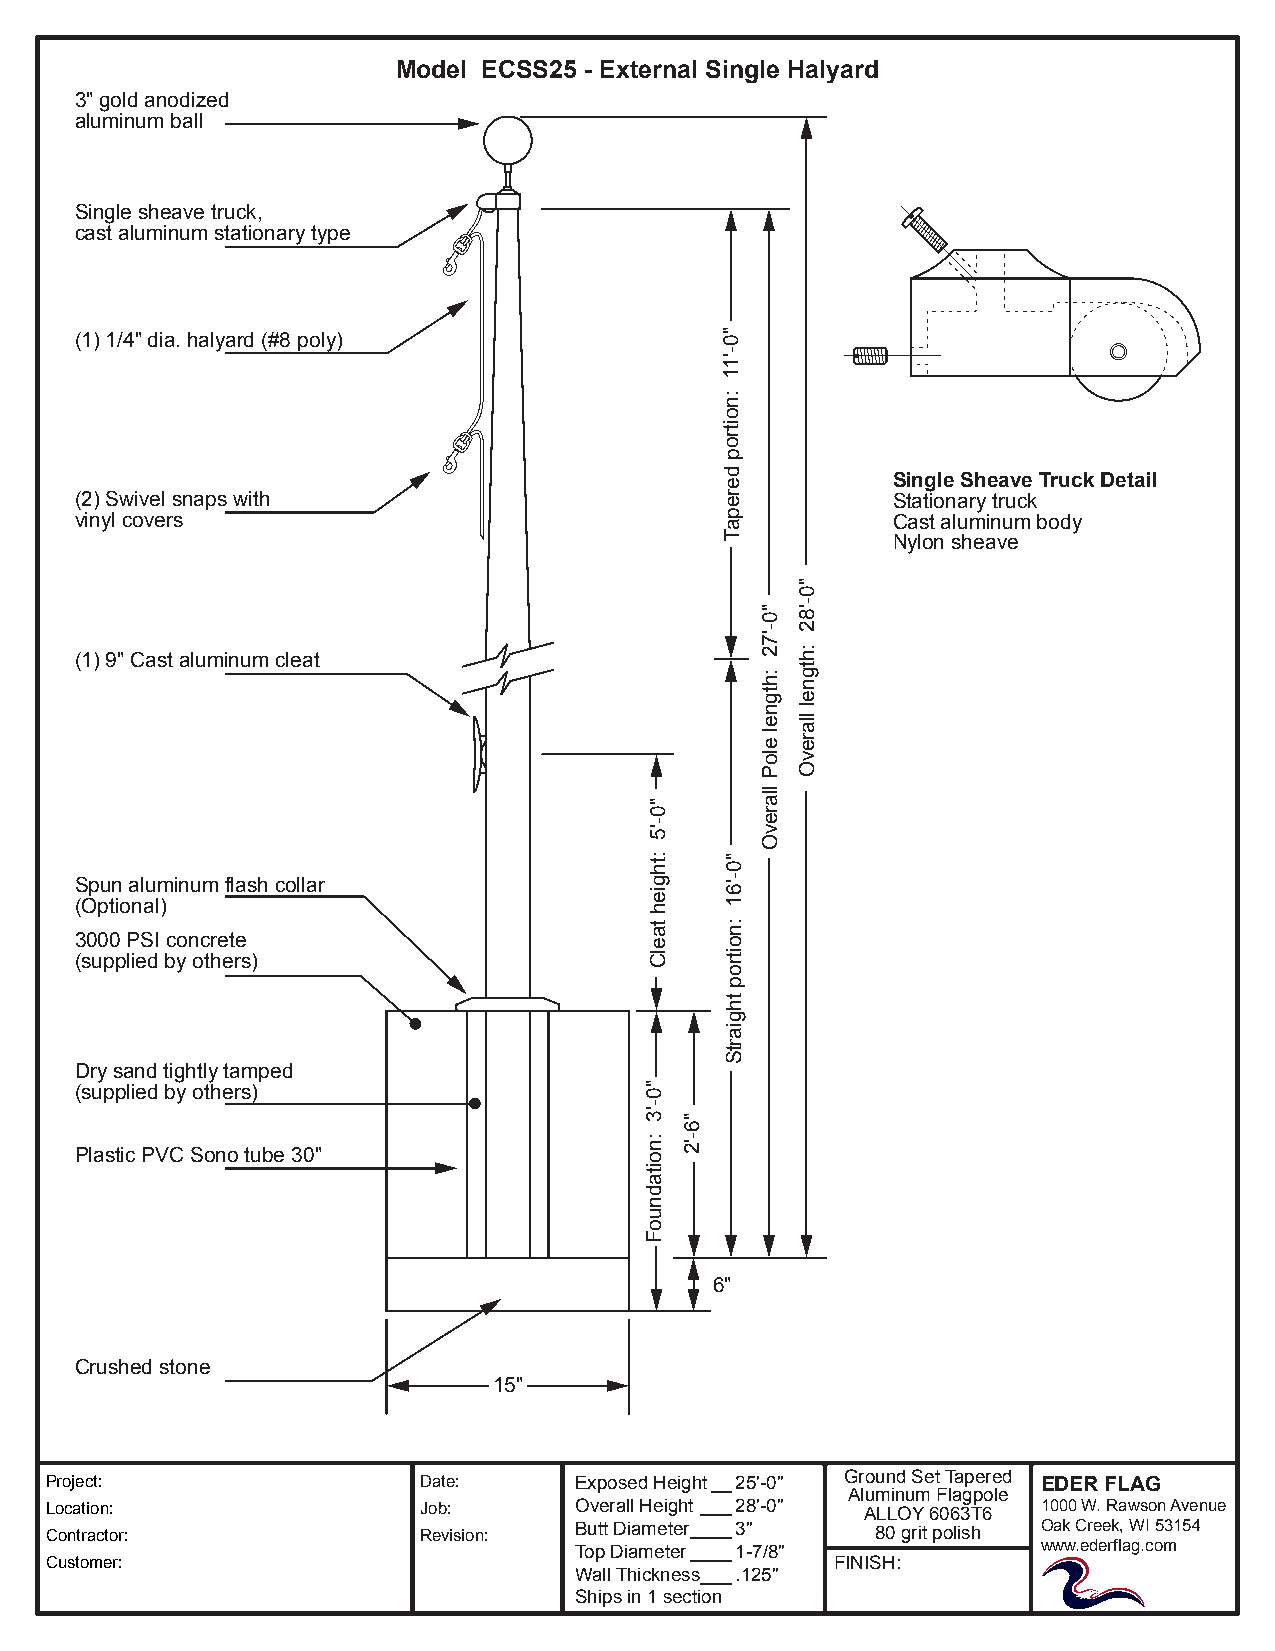
Model ECSS25 - External Single Halyard
 3" gold anodized
 aluminum ball
 Single sheave truck,
 cast aluminum stationary type
 (1) 1/4" dia. halyard (#8 poly)            " 0
 -
 '1
 1
 :n
 o
 itr
 o
 p
 d
 e          Single Sheave Truck Detail
 (2) Swivel snaps with                      r e        Stationary truck
 vinyl covers                               p a        Cast aluminum body
 T
 Nylon sheave
 (1) 9" Cast aluminum cleat
 "
 0
 -
 Spun aluminum flash collar                 6'
 (Optional)                                 1
 n:
 3000 PSI concrete                          o
 (supplied by others)
 rti
 o
 p
 ht
 g
 ai
 r
 St
 Dry sand tightly tamped
 (supplied by others)
 Plastic PVC Sono tube 30"
 6"
 Crushed stone
 15"
 Project:                 Date:     Exposed Height__25'-0" Ground Set Tapered EDER FLAG
 Aluminum Flagpole
 Location:                Job:      Overall Height ___28'-0" ALLOY 6063T6 1000 W. Rawson Avenue
 Contractor:              Revision: Butt Diameter____3" 80 grit polish Oak Creek, WI 53154
 Top Diameter____1-7/8"         www.ederflag.com
 Customer:                                           FINISH:
 Wall Thickness___.125"
 Ships in 1 section
 "0-'5
 :thgieh
 taelC
 "0-'3
 :noitadnuoF
 "6-'2
 "0-'72
 :htgnel
 eloP
 llarevO
 "0-'82
 :htgnel
 llarevO